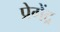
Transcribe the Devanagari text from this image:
प्रेगेंद्र